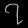
Digit: ၇